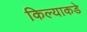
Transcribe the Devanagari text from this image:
किल्याकडे